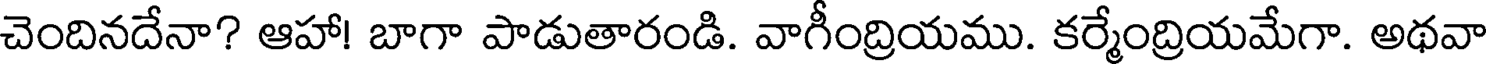
చెందినదేనా? ఆహా! బాగా పాడుతారండి. వాగీంద్రియము. కర్మేంద్రియమేగా. అథవా